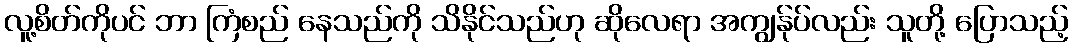
လူ့စိတ်ကိုပင် ဘာ ကြံစည် နေသည်ကို သိနိုင်သည်ဟု ဆိုလေရာ အကျွန်ုပ်လည်း သူတို့ ပြောသည့်